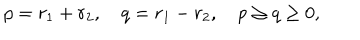
p = r _ { 1 } + r _ { 2 } , \quad q = r _ { 1 } - r _ { 2 } , \quad p \ge q \ge 0 ,